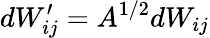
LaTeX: dW_{ij}^{\prime}=A^{1/2}dW_{ij}